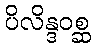
ပိလိန္ဒဝစ္ဆ